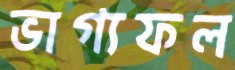
ভাগ্যফল